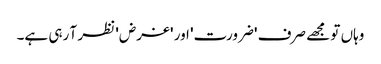
وہاں تو مجھے صرف 'ضرورت' اور 'غرض' نظر آ رہی ہے۔